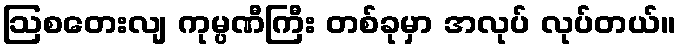
ဩစတေးလျ ကုမ္ပဏီကြီး တစ်ခုမှာ အလုပ် လုပ်တယ်။